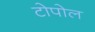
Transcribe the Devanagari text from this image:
टोपोल